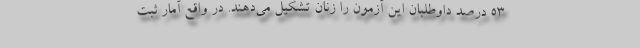
۵۳ درصد داوطلبان این آزمون را زنان تشکیل می‌دهند. در واقع آمار ثبت